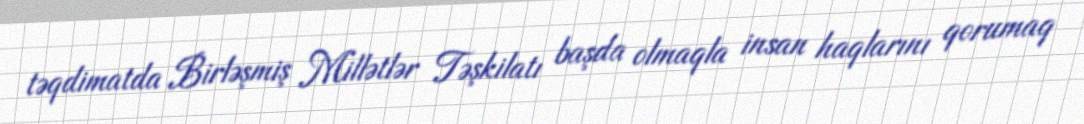
təqdimatda Birləşmiş Millətlər Təşkilatı başda olmaqla insan haqlarını qorumaq